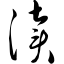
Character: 渎